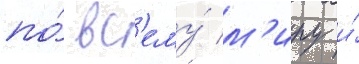
по́ вс'ему́ м'иру и́